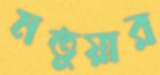
মতুয়ার